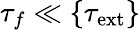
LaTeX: \tau_{f}\ll\{ \tau_{\mathrm{ext}}\}